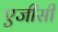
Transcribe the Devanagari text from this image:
एजीसी